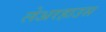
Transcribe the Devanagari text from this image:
लेअरहाउस